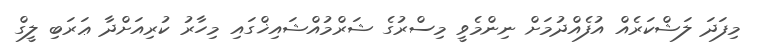
މިފަދަ ލަޝްކަރެއް އުފެއްދުމަށް ނިންމެވީ މިސްރުގެ ޝަރްމުއްޝައިޚްގައި މިހާރު ކުރިއަށްދާ ޢަރަބި ލީގް